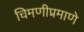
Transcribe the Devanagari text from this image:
चिमणीप्रमाणे